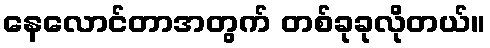
နေလောင်တာအတွက် တစ်ခုခုလိုတယ်။